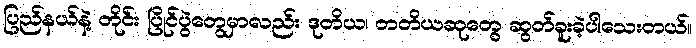
ပြည်နယ်နဲ့ တိုင်း ပြိုင်ပွဲတွေမှာလည်း ဒုတိယ၊ တတိယဆုတွေ ဆွတ်ခူးခဲ့ပါသေးတယ်။